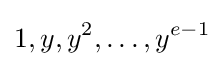
1,y,y^{2},\dots ,y^{e-1}